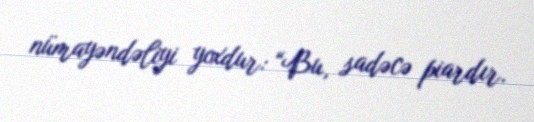
nümayəndəliyi yoxdur: “Bu, sadəcə piardır.